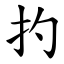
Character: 扚